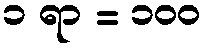
၁ ရာ = ၁၀၀